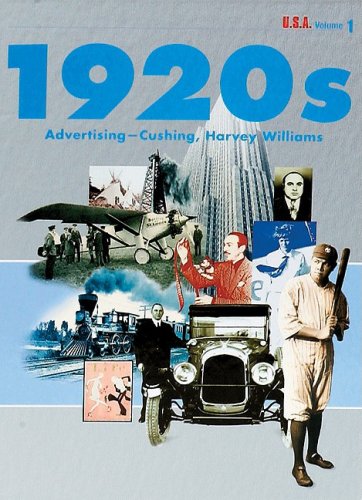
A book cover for U.S.A. Twenties; Reference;